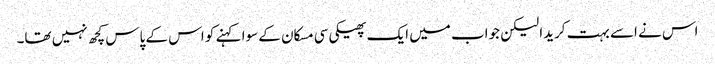
اس نے اسے بہت کریدا لیکن جواب میں ایک پھیکی سی مسکان کے سوا کہنے کو اس کے پاس کچھ نہیں تھا۔